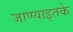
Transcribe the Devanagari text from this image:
जाण्याइतके